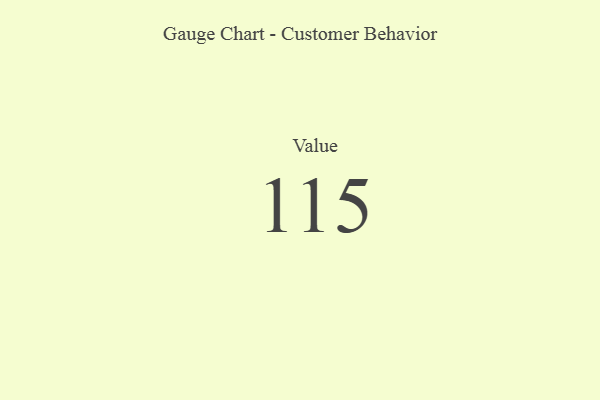
{"axis": {"x": "Metric", "y": "Value"}, "legend": [""], "data": [{"x": "Value", "y": 115, "type": ""}]}